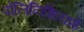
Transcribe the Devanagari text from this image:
पोलिनिशियाई